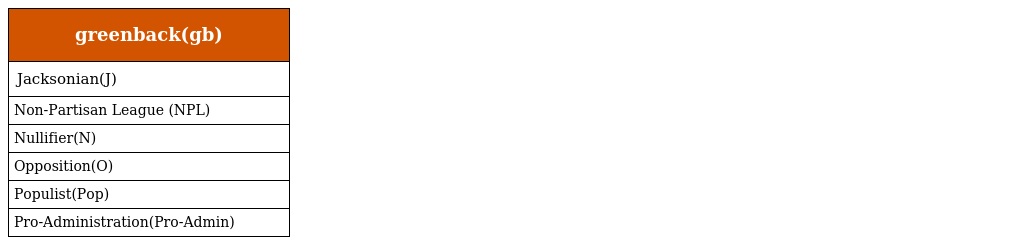
| greenback(gb) |
 | --- |
 | Jacksonian(J) |
 | Non-Partisan League (NPL) |
 | Nullifier(N) |
 | Opposition(O) |
 | Populist(Pop) |
 | Pro-Administration(Pro-Admin) |